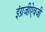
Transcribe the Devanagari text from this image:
इंग्रजीऐवजी